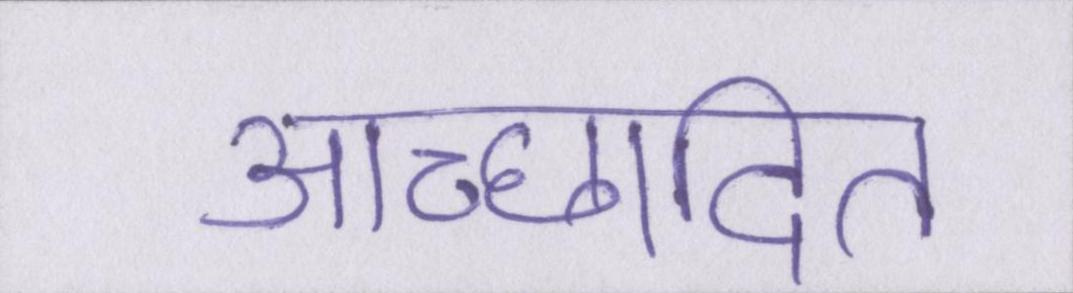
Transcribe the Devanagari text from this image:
आच्छादित